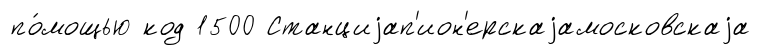
по́мощью код 1500 Станциjап'ион'ерскаjамосковскаjа